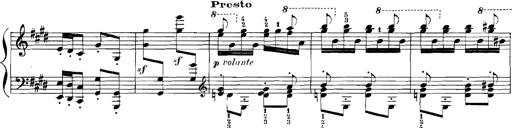
Title: Rhapsodies hongroises
Composer: Franz Liszt